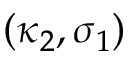
( \kappa _ { 2 } , \sigma _ { 1 } )